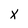
Character: X